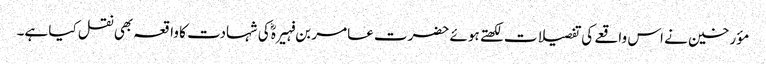
مؤرخین نے اس واقعے کی تفصیلات لکھتے ہوئے حضرت عامر بن فہیرہؓ کی شہادت کا واقعہ بھی نقل کیا ہے۔